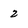
Character: 2